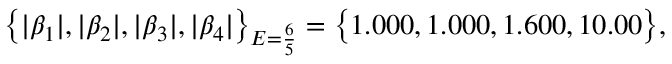
\big \{ | \beta _ { 1 } | , | \beta _ { 2 } | , | \beta _ { 3 } | , | \beta _ { 4 } | \big \} _ { E = \frac { 6 } { 5 } } = \big \{ 1 . 0 0 0 , 1 . 0 0 0 , 1 . 6 0 0 , 1 0 . 0 0 \big \} ,